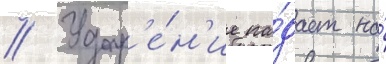
// Удар'е́н'ие па́дает на́